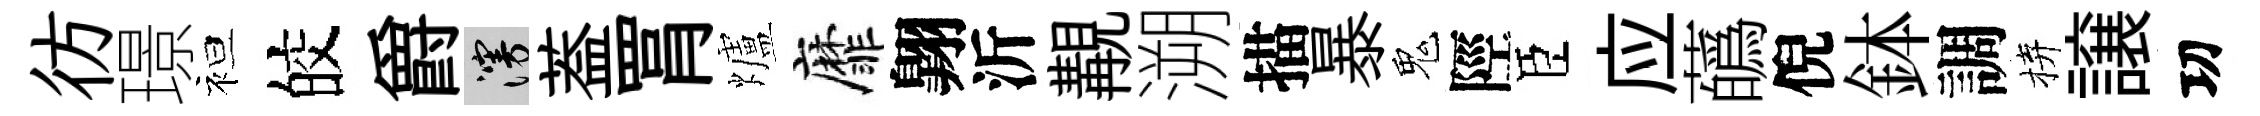
彷璟袒皎爵漫葢罥爐靡翺沂覯溯描暴鬼陘臣应蘤倪鉢調拚譲㓛